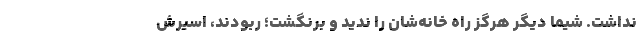
نداشت. شیما دیگر هرگز راه خانه‌شان را ندید و برنگشت؛ ربودند، اسیرش